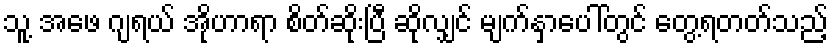
သူ့ အဖေ ဂျရယ် အိုဟာရာ စိတ်ဆိုးပြီ ဆိုလျှင် မျက်နှာပေါ်တွင် တွေ့ရတတ်သည့်